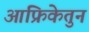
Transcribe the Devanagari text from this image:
आफ्रिकेतुन